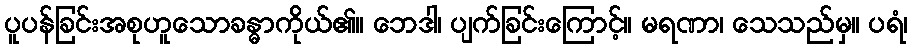
ပူပန်ခြင်းအစုဟူသောခန္ဓာကိုယ်၏။ ဘေဒါ၊ ပျက်ခြင်းကြောင့်။ မရဏာ၊ သေသည်မှ။ ပရံ၊